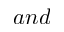
a n d